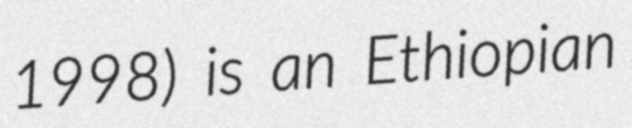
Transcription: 1998) is an Ethiopian